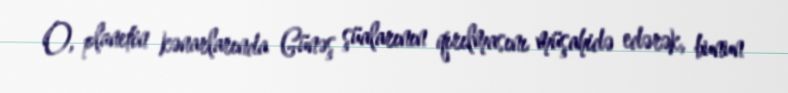
O, planetin kənarlarında Günəş şüalarının qırılmasını müşahidə edərək, bunun